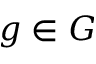
g \in G